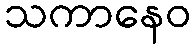
သကာနေဝ